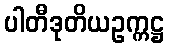
ပါတီဒုတိယဥက္ကဋ္ဌ